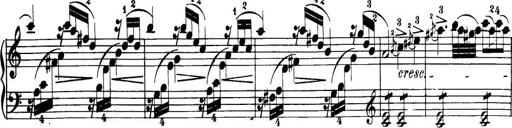
Title: 32 Sonatinas and Rondos for the Piano
Composer: Richard Kleinmichel